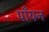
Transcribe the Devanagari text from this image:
पाँयन